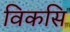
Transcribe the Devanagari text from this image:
विकसि